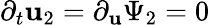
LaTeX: \partial_{t}\mathbf{u}_{2}=\partial_{\mathbf{u}}\Psi_{2}=0